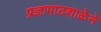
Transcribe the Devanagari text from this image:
प्रज्ञापाठशाळेने